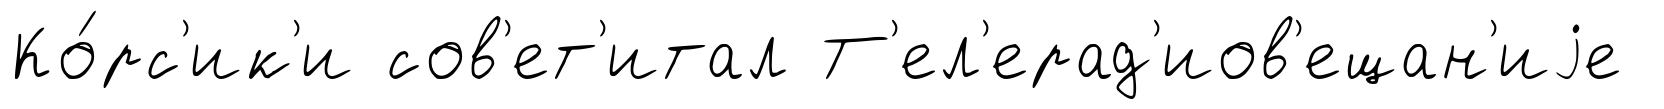
Ко́рс'ик'и сов'ет'итал Т'ел'ерад'иов'ещан'иjе